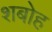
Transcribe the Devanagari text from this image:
शबोह